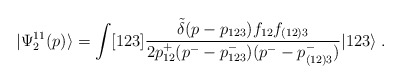
\begin{align*}|\Psi_2^{11}(p) \rangle = \int [123] \frac{\tilde{\delta}(p -p_{123})f_{12}f_{(12)3}} {2p^+_{12}(p^- - p^-_{123})(p^- -p^-_{(12)3})} |123\rangle \; .\end{align*}